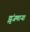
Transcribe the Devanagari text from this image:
झुंजणाऱ्या